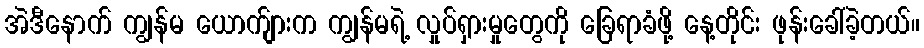
အဲဒီနောက် ကျွန်မ ယောက်ျားက ကျွန်မရဲ့ လှုပ်ရှားမှုတွေကို ခြေရာခံဖို့ နေ့တိုင်း ဖုန်းခေါ်ခဲ့တယ်။